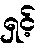
ရှင့်